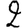
Digit: 2